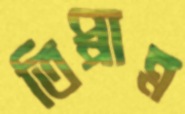
তিপ্পান্ন